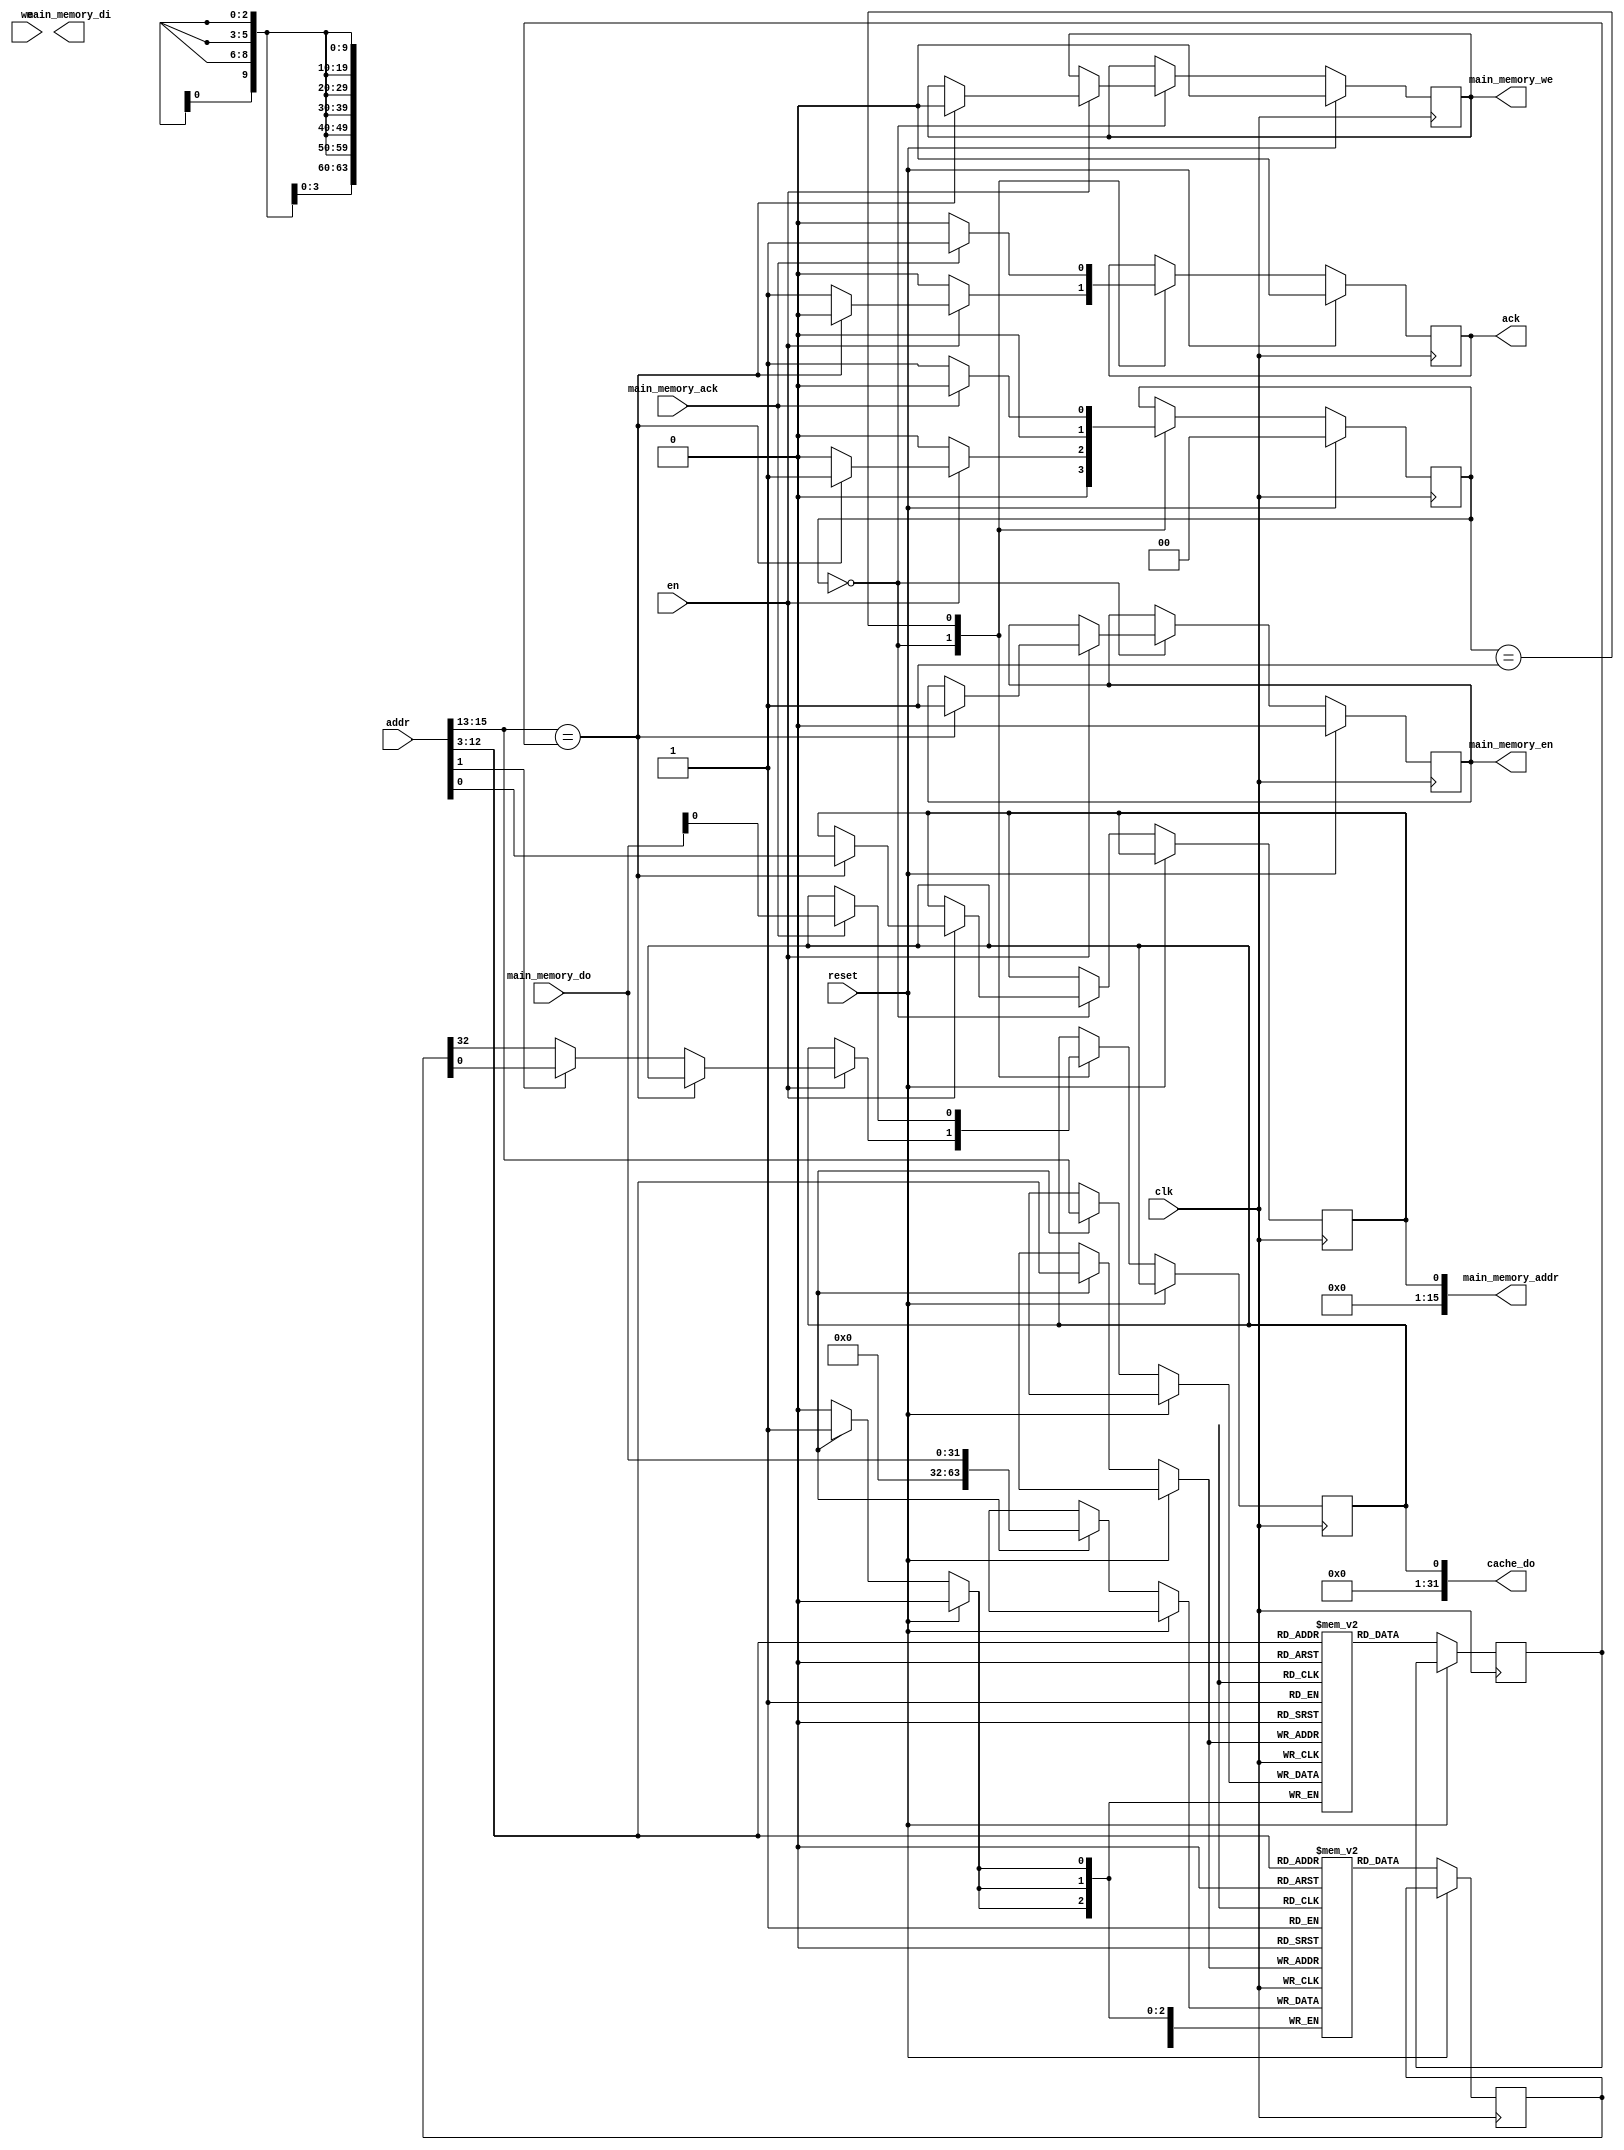
/*
 * This is the L1 Data Cache for TinyCPU
 */
module dcache( 
	input clk,
	input reset,

	input [15:0] addr, // 64 kB of total memory
	input en,
	input we,

	output [31:0] cache_do,
	output ack,

	output [15:0] main_memory_addr,
	output main_memory_en,
	output main_memory_we,
	output [31:0] main_memory_di,
	input main_memory_ack,
	input [31:0] main_memory_do
);

/*
* D-Cache size is 8 kB
* 1024 lines of 2 words ( 64 bits )
*/

parameter IDLE = 2'd0;
parameter CACHE_MISS = 2'd1;

reg [1:0] state;

reg [63:0] do;
reg [2:0] tag_do;
reg [63:0] icache[1023:0];
reg [2:0] tag[1023:0];

reg update_cache;
reg ack_reg;

reg main_memory_en_reg;
reg main_memory_we_reg;
reg main_memory_addr_reg;
reg cache_do_reg;

assign main_memory_en = main_memory_en_reg;
assign main_memory_we = main_memory_we_reg;
assign main_memory_addr = main_memory_addr_reg;
assign ack = ack_reg;
assign cache_do = cache_do_reg;

always @(posedge clk)
begin
	if ( ~reset )
	begin
		if (update_cache)
			icache[ addr[12:3] ] <= main_memory_do;

		do <= icache[ addr[12:3] ];
	end
end

always @(posedge clk)
begin
	if ( ~reset )
	begin
		if (update_cache)
			tag[ addr[12:3] ] <= addr[15:13];

		tag_do <= tag[ addr[12:3] ];
	end
end


always @(posedge clk)
begin

	if (reset)
	begin
		state <= IDLE;
		ack_reg <= 0;
		main_memory_en_reg <= 0;
		main_memory_we_reg <= 0;
	end
	else
	begin

		case ( state )
		IDLE:
		begin
			if (en)
			begin
				if (addr[15:13] == tag_do)
				begin
					state <= CACHE_MISS;
					main_memory_addr_reg <= addr;
					main_memory_en_reg <= 1;
					main_memory_we_reg <= 0;
					ack_reg <= 0;
				end
				else
				begin
					ack_reg <= 1;
					state <= IDLE;
					if (addr[1])
						cache_do_reg <= do[31:0];
					else
						cache_do_reg <= do[63:32];
				end
			end
			else
			begin
				ack_reg <= 0;
				state <= IDLE;
			end
		end

		CACHE_MISS:
		begin
			if (main_memory_ack)
			begin
				cache_do_reg <= main_memory_do;
				ack_reg <= 1;
				state <= IDLE;
			end
			else
			begin
				state <= CACHE_MISS; // waiting for slow main memory to answer
				ack_reg <= 0;
			end
		end
		endcase

	end
end

endmodule